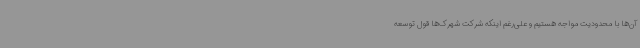
آن‌ها با محدودیت مواجه هستیم و علی‌رغم اینکه شرکت شهرک‌ها قول توسعه